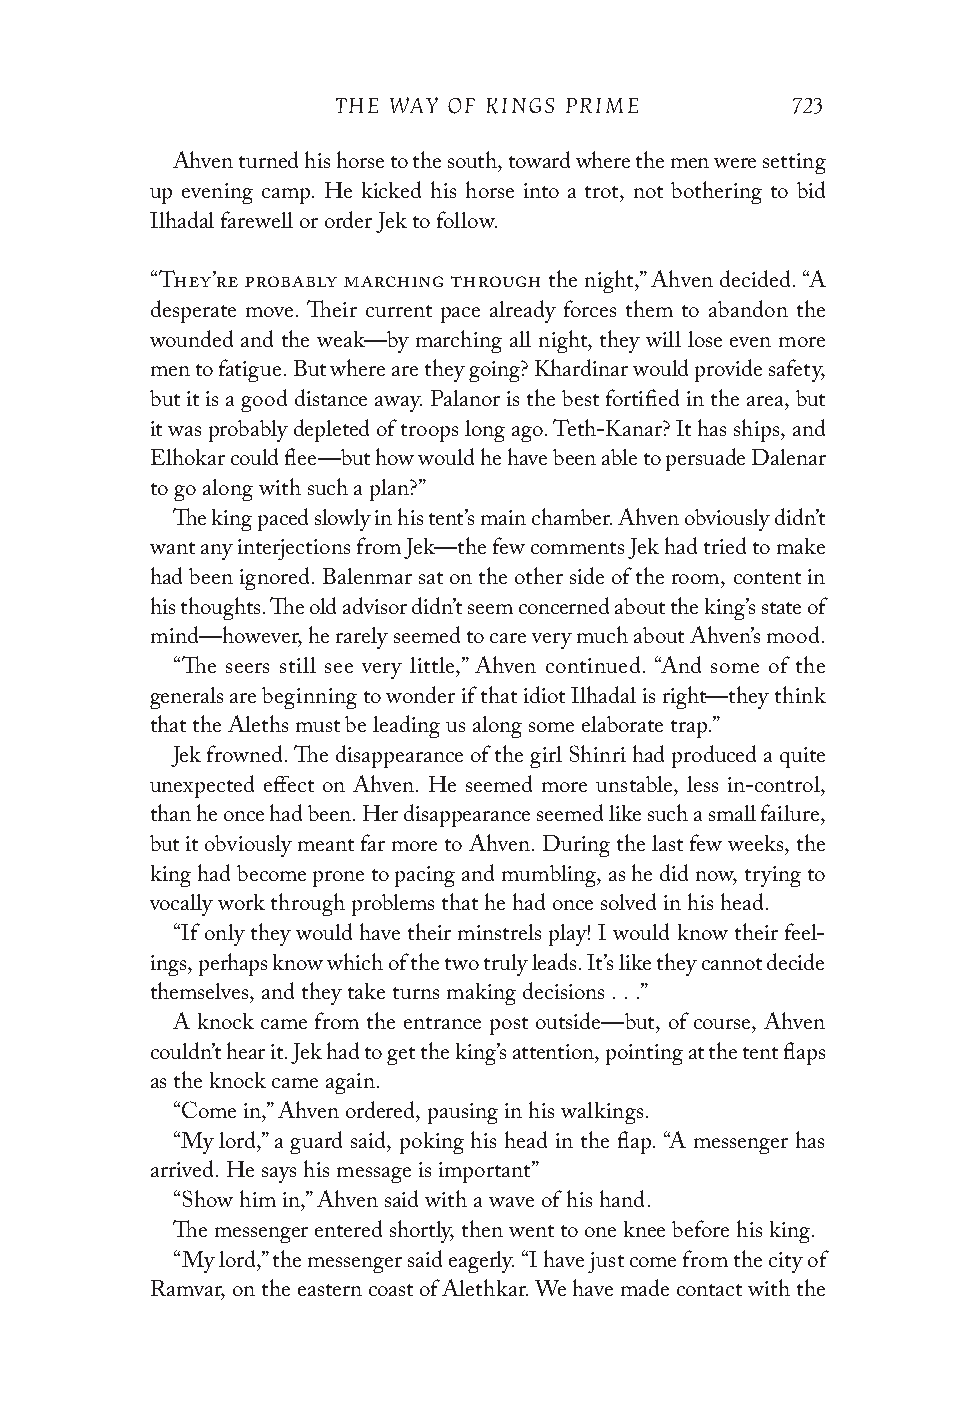
THE WAY OF KINGS PRIME        723
 Ahven turned his horse to the south, toward where the men were setting
 up evening camp. He kicked his horse into a trot, not bothering to bid
 Ilhadal farewell or order Jek to follow.
 “They’re probably marching through the night,” Ahven decided. “A
 desperate move. Their current pace already forces them to abandon the
 wounded and the weak—by marching all night, they will lose even more
 men to fatigue. But where are they going? Khardinar would provide safety,
 but it is a good distance away. Palanor is the best fortified in the area, but
 it was probably depleted of troops long ago. Teth-Kanar? It has ships, and
 Elhokar could flee—but how would he have been able to persuade Dalenar
 to go along with such a plan?”
 The king paced slowly in his tent’s main chamber. Ahven obviously didn’t
 want any interjections from Jek—the few comments Jek had tried to make
 had been ignored. Balenmar sat on the other side of the room, content in
 his thoughts. The old advisor didn’t seem concerned about the king’s state of
 mind—however, he rarely seemed to care very much about Ahven’s mood.
 “The seers still see very little,” Ahven continued. “And some of the
 generals are beginning to wonder if that idiot Ilhadal is right—they think
 that the Aleths must be leading us along some elaborate trap.”
 Jek frowned. The disappearance of the girl Shinri had produced a quite
 unexpected effect on Ahven. He seemed more unstable, less in-control,
 than he once had been. Her disappearance seemed like such a small failure,
 but it obviously meant far more to Ahven. During the last few weeks, the
 king had become prone to pacing and mumbling, as he did now, trying to
 vocally work through problems that he had once solved in his head.
 “If only they would have their minstrels play! I would know their feel-
 ings, perhaps know which of the two truly leads. It’s like they cannot decide
 themselves, and they take turns making decisions . . .”
 A knock came from the entrance post outside—but, of course, Ahven
 couldn’t hear it. Jek had to get the king’s attention, pointing at the tent flaps
 as the knock came again.
 “Come in,” Ahven ordered, pausing in his walkings.
 “My lord,” a guard said, poking his head in the flap. “A messenger has
 arrived. He says his message is important”
 “Show him in,” Ahven said with a wave of his hand.
 The messenger entered shortly, then went to one knee before his king.
 “My lord,” the messenger said eagerly. “I have just come from the city of
 Ramvar, on the eastern coast of Alethkar. We have made contact with the